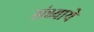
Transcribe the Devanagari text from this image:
संध्याये